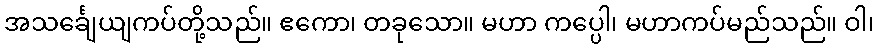
အသင်္ချေယျကပ်တို့သည်။ ဧကော၊ တခုသော။ မဟာ ကပ္ပေါ၊ မဟာကပ်မည်သည်။ ဝါ၊